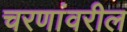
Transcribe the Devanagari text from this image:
चरणांवरील